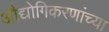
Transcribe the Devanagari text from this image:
औद्योगिकरणांच्या